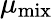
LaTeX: \mu_{\mathrm{mix}}